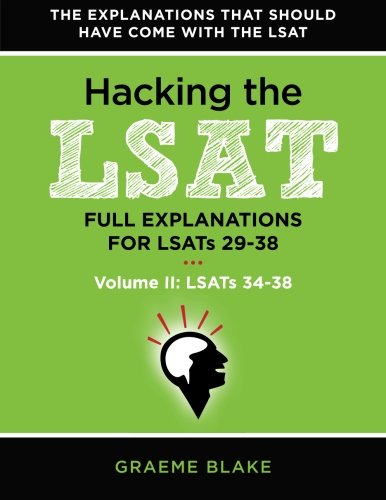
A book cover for Hacking The LSAT: Full Explanations For LSATs 29-38 (Volume II: LSATs 34-38): Explanations For The Next Ten Actual Official LSATs (LSATs 29-38) (Volume 2); Graeme Blake; Test Preparation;